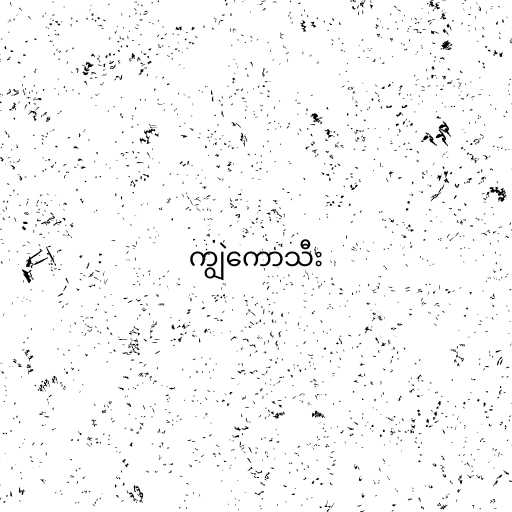
ကျွဲကောသီး